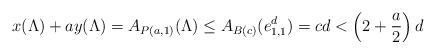
LaTeX: \begin{align*} x(\Lambda) + ay(\Lambda) =A_{P(a,1)}(\Lambda) \leq A_{B(c)}(e_{1,1}^d) = cd < \left(2+\frac{a}{2}\right)d \end{align*}